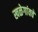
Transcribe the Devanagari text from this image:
खळेगांवचे